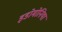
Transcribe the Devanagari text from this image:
इडोमोनिया